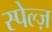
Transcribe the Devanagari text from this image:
स्पेल्ज़